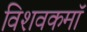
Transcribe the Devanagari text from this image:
विशवकमॉ